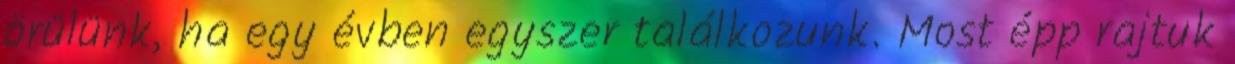
örülünk, ha egy évben egyszer találkozunk. Most épp rajtuk